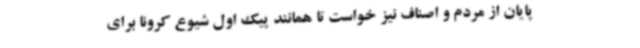
پایان از مردم و اصناف نیز خواست تا همانند پیک اول شیوع کرونا برای